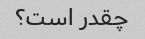
چقدر است؟